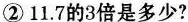
②11.7的3倍是多少?